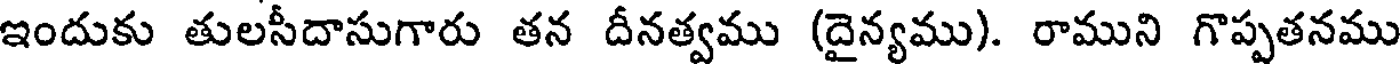
ఇందుకు తులసీదాసుగారు తన దీనత్వము (దైన్యము). రాముని గొప్పతనము